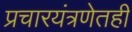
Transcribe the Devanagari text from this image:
प्रचारयंत्रणेतही